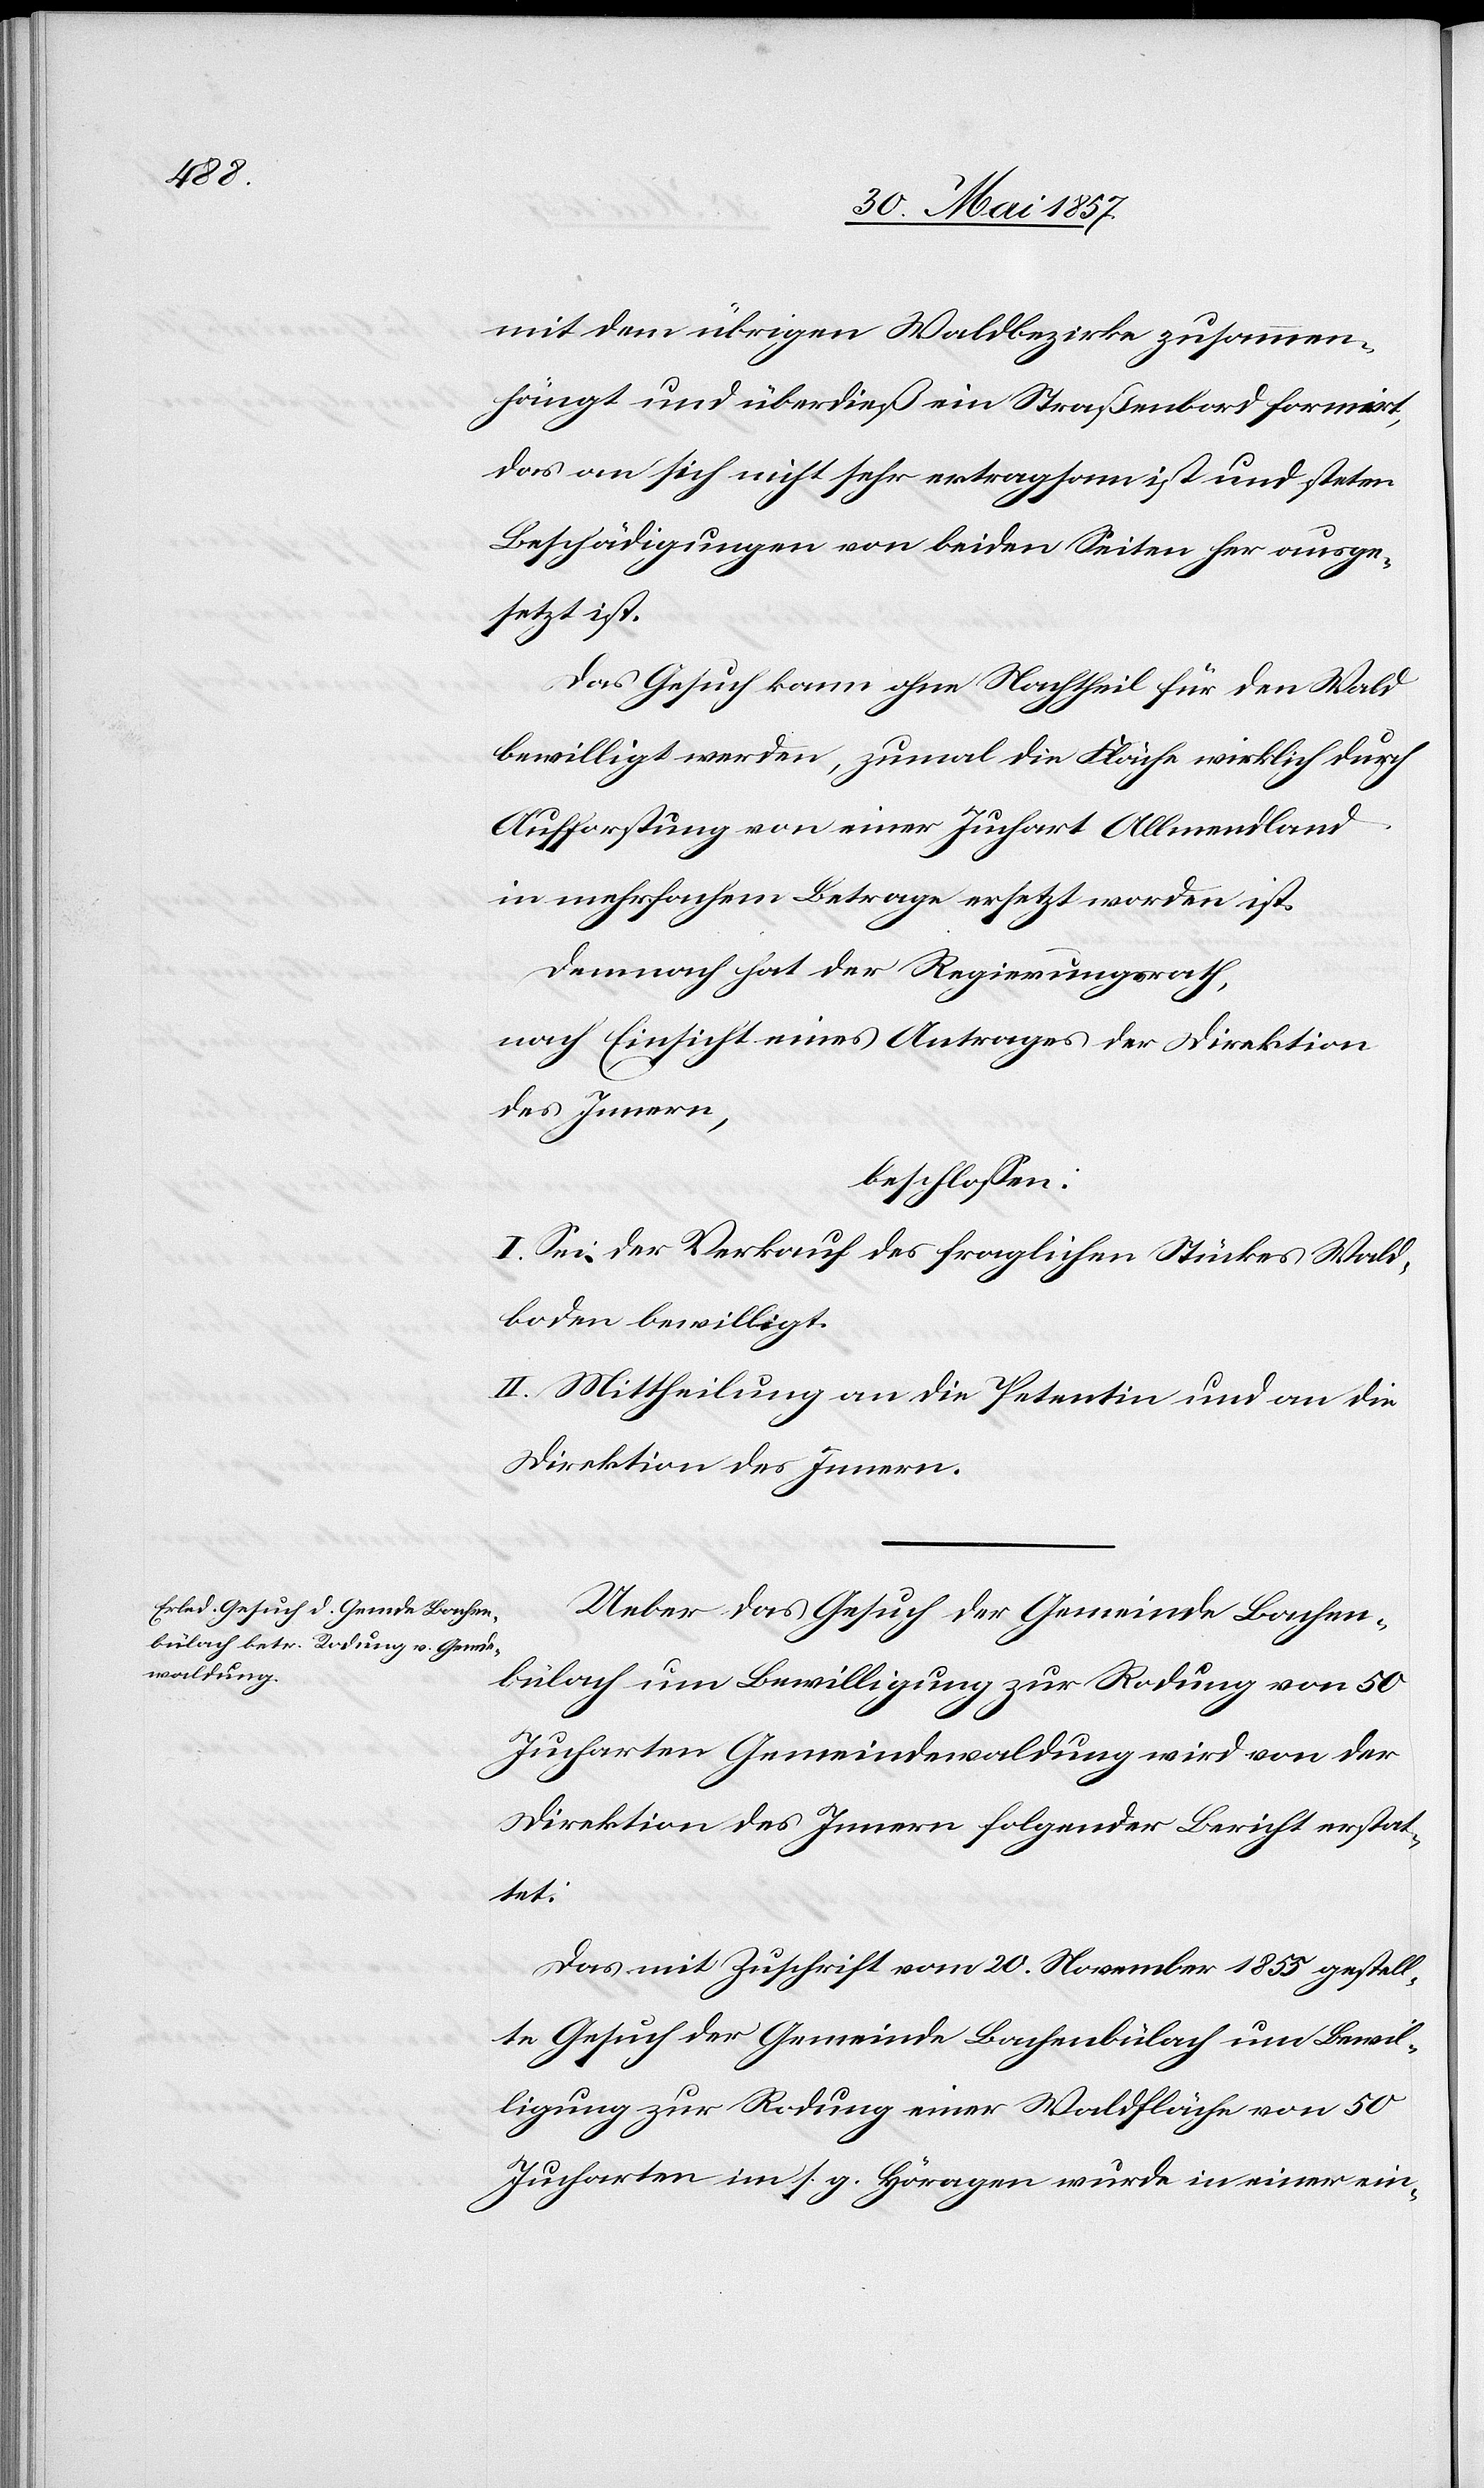
mit dem übrigen Waldbezirke zusammen¬
hängt und überdieß ein Straßenbord formirt,
das an sich nicht sehr ertragsam ist und steten
Beschädigungen von beiden Seiten her ausge¬
setzt ist.
Das Gesuch kann ohne Nachtheil für den Wald
bewilligt werden, zumal die Fläche wirklich durch
Aufforstung von einer Juchart Allmendland
in mehrfachem Betrage ersetzt worden ist.
Demnach hat der Regierungsrath,
nach Einsicht eines Antrages der Direktion
des Innern,
beschlossen:
I. Sei der Verkauf des fraglichen Stückes Wald¬
boden bewilligt.
II. Mittheilung an die Petentin und an die
Direktion des Innern.
Ueber das Gesuch der Gemeinde Bachen¬
bülach um Bewilligung zur Rodung von 50
Jucharten Gemeindewaldung wird von der
Direktion des Innern folgender Bericht erstat¬
tet:
Das mit Zuschrift vom 20 November 1855 gestell¬
te Gesuch der Gemeinde Bachenbülach um Bewil¬
ligung zur Rodung einer Waldfläche von 50
Jucharten im s. g. Höragen wurde in einer ein-